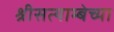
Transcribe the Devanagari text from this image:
श्रीसत्याम्बेच्या